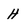
Character: h